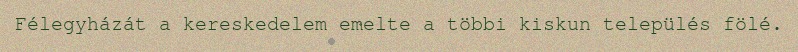
Félegyházát a kereskedelem emelte a többi kiskun település fölé.